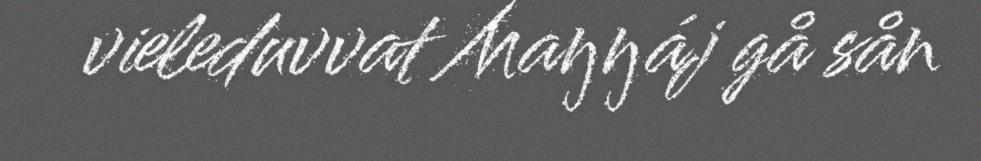
vieleduvvat Maŋŋáj gå sån